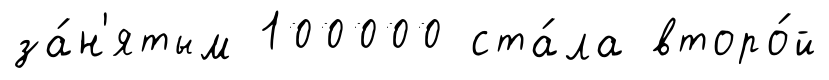
за́н'ятым 100000 ста́ла второ́й